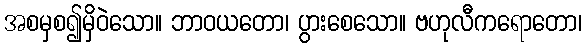
အစမှစ၍မှိဝဲသော။ ဘာဝယတော၊ ပွားစေသော။ ဗဟုလီကရောတော၊